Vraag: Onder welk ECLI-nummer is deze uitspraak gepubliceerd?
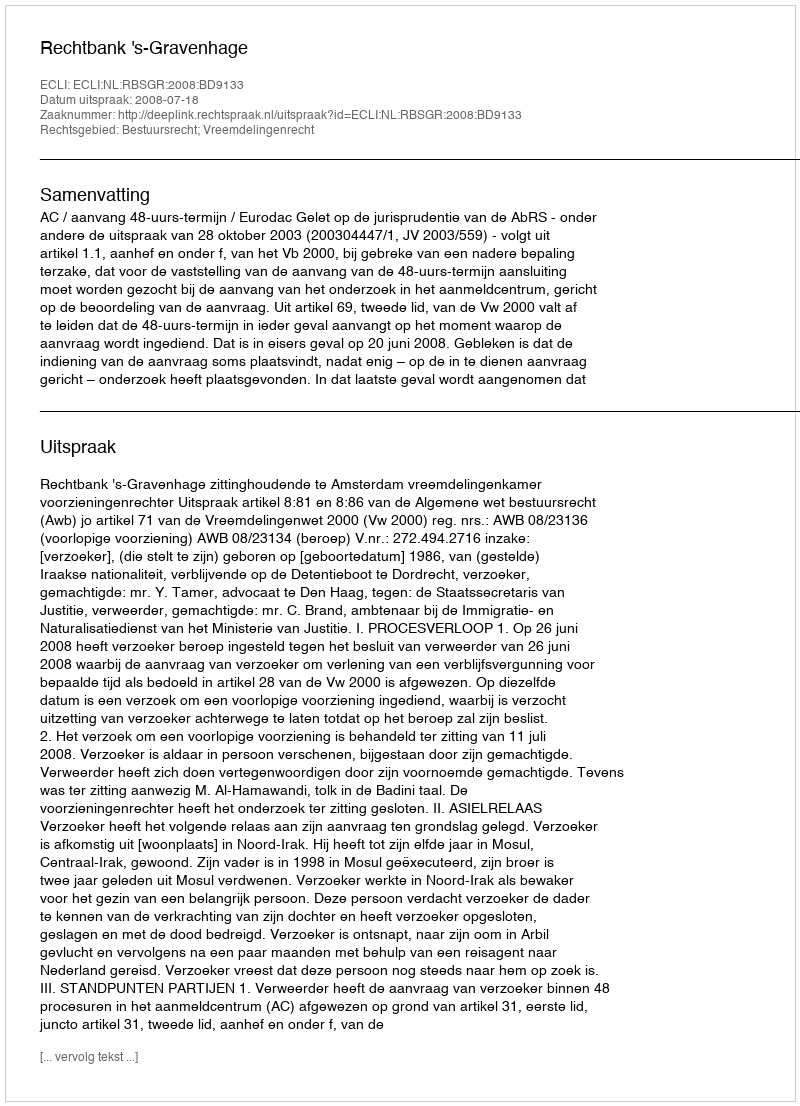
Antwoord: ECLI:NL:RBSGR:2008:BD9133